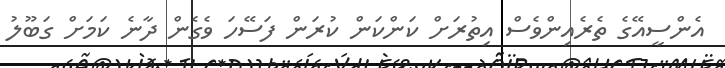
އެންސީއޭގެ ތެރެއިންވެސް އިތުރަށް ކަންކަން ކުރަން ފަސޭހަ ވެގެން ދާނެ ކަމަށް ގަބޫލު